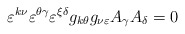
\begin{align*}\varepsilon^{k\nu}\varepsilon^{\theta\gamma}\varepsilon^{\xi \delta}g_{k\theta}g_{\nu \varepsilon}A_{\gamma}A_{\delta} = 0\end{align*}